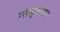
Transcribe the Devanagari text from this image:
गोकुलगढ़